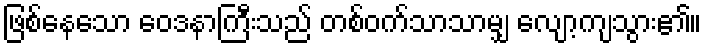
ဖြစ်နေသော ဝေဒနာကြီးသည် တစ်ဝက်သာသာမျှ လျော့ကျသွား၏။